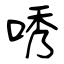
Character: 唀